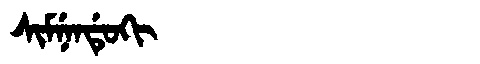
Manchu: ᠰᡳᠮᠨᡝᠨᡩᡠᡴᡳ
Romanization: SIMNENDUKI